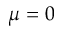
\mu = 0